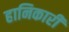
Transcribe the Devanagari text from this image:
हानिकारी